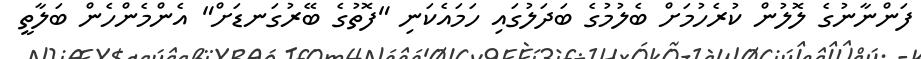
ފަންނާނުގެ ލޮލުން ކުރެހުމަށް ބެލުމުގެ ބަދަލުގައި ހަމައެކަނި "ފޮތުގެ ބޭރުގަނޑަށް" އެންމެންހެން ބަލާތީ